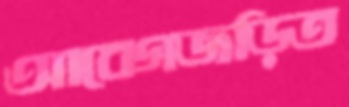
আবেগজড়িত